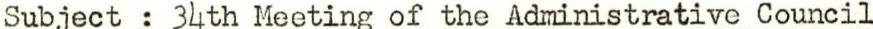
Subject : 34th Meeting of the Administrative Council